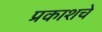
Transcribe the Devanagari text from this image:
प्रकाशचे